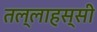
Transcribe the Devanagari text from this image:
तल्लाहस्सी